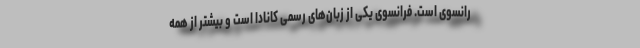
رانسوی است. فرانسوی یکی از زبان‌های رسمی کانادا است و بیشتر از همه